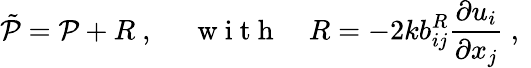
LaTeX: \tilde{\mathcal{P}}=\mathcal{P}+R\mathrm{~,~}\quad\mathrm{~w~i~t~h~}\quad R={-2k}b_{ij}^{R}\frac{\partial u_{i}}{\partial x_{j}}\mathrm{~,~}